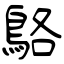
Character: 鴼